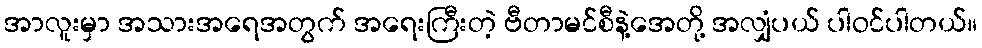
အာလူးမှာ အသားအရေအတွက် အရေးကြီးတဲ့ ဗီတာမင်စီနဲ့အေတို့ အလျှံပယ် ပါဝင်ပါတယ်။